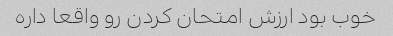
خوب بود ارزش امتحان کردن رو واقعا داره